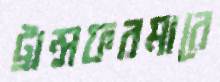
ট্রান্সফরমারে